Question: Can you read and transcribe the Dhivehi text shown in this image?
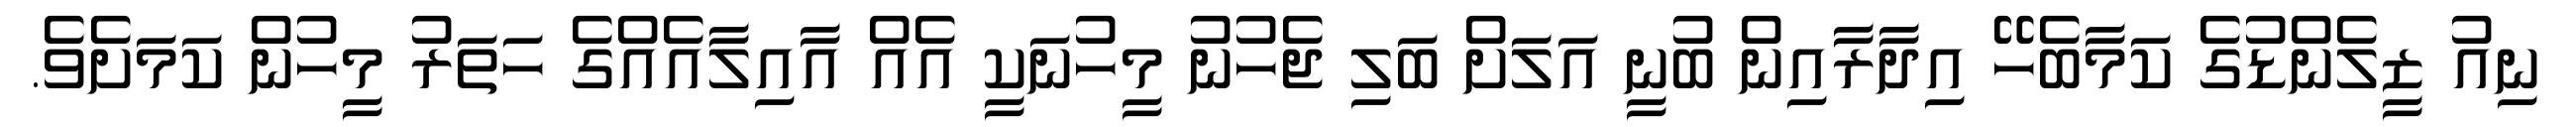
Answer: ނިއު ޒީލެންޑުގެ ކަމާބެހޭ އިދާރާއިން ބުނީ އަލަށް ބަލި ޖެހުނު މީހުނަކީ އެއް އާއިލާއެއްގެ ހަތަރު މީހުން ކަމަށެވެ.